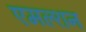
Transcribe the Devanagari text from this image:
एमल्शन